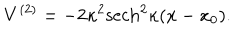
V ^ { ( 2 ) } = - 2 \kappa ^ { 2 } \mathrm { s e c h } ^ { 2 } \kappa ( x - x _ { 0 } ) .